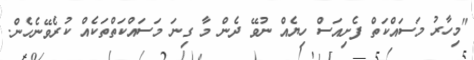
"މިހާރު މަސައްކަތް ފެށިއަސް ހިޔެއް ނުވޭ ދެން މާ ގިނަ މަސައްކަތްތަކެއް ކުރެވޭނެހެން.